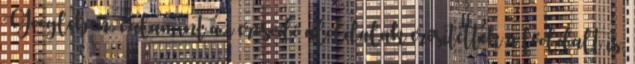
Googleben, valamint az erősödő aloldalak erősítettek a főoldalt is.